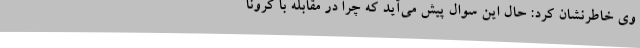
وی خاطرنشان کرد: حال این سوال پیش می‌آید که چرا در مقابله با کرونا